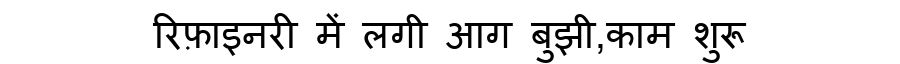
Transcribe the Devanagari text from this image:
रिफ़ाइनरी में लगी आग बुझी,काम शुरू